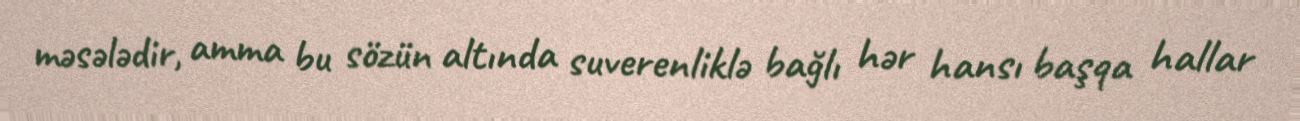
məsələdir, amma bu sözün altında suverenliklə bağlı hər hansı başqa hallar